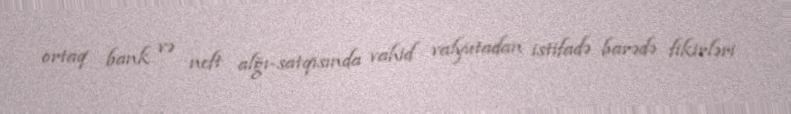
ortaq bank və neft alğı-satqısında vahid valyutadan istifadə barədə fikirləri